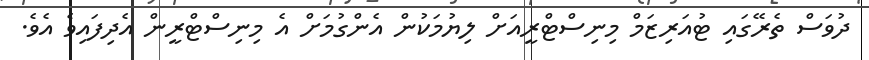
ދުވަސް ތެރޭގައި ޓުއަރިޒަމް މިނިސްޓްރީއަށް ލިޔުމަކުން އެންގުމަށް އެ މިނިސްޓްރީން އެދިފައިވެ އެވެ.